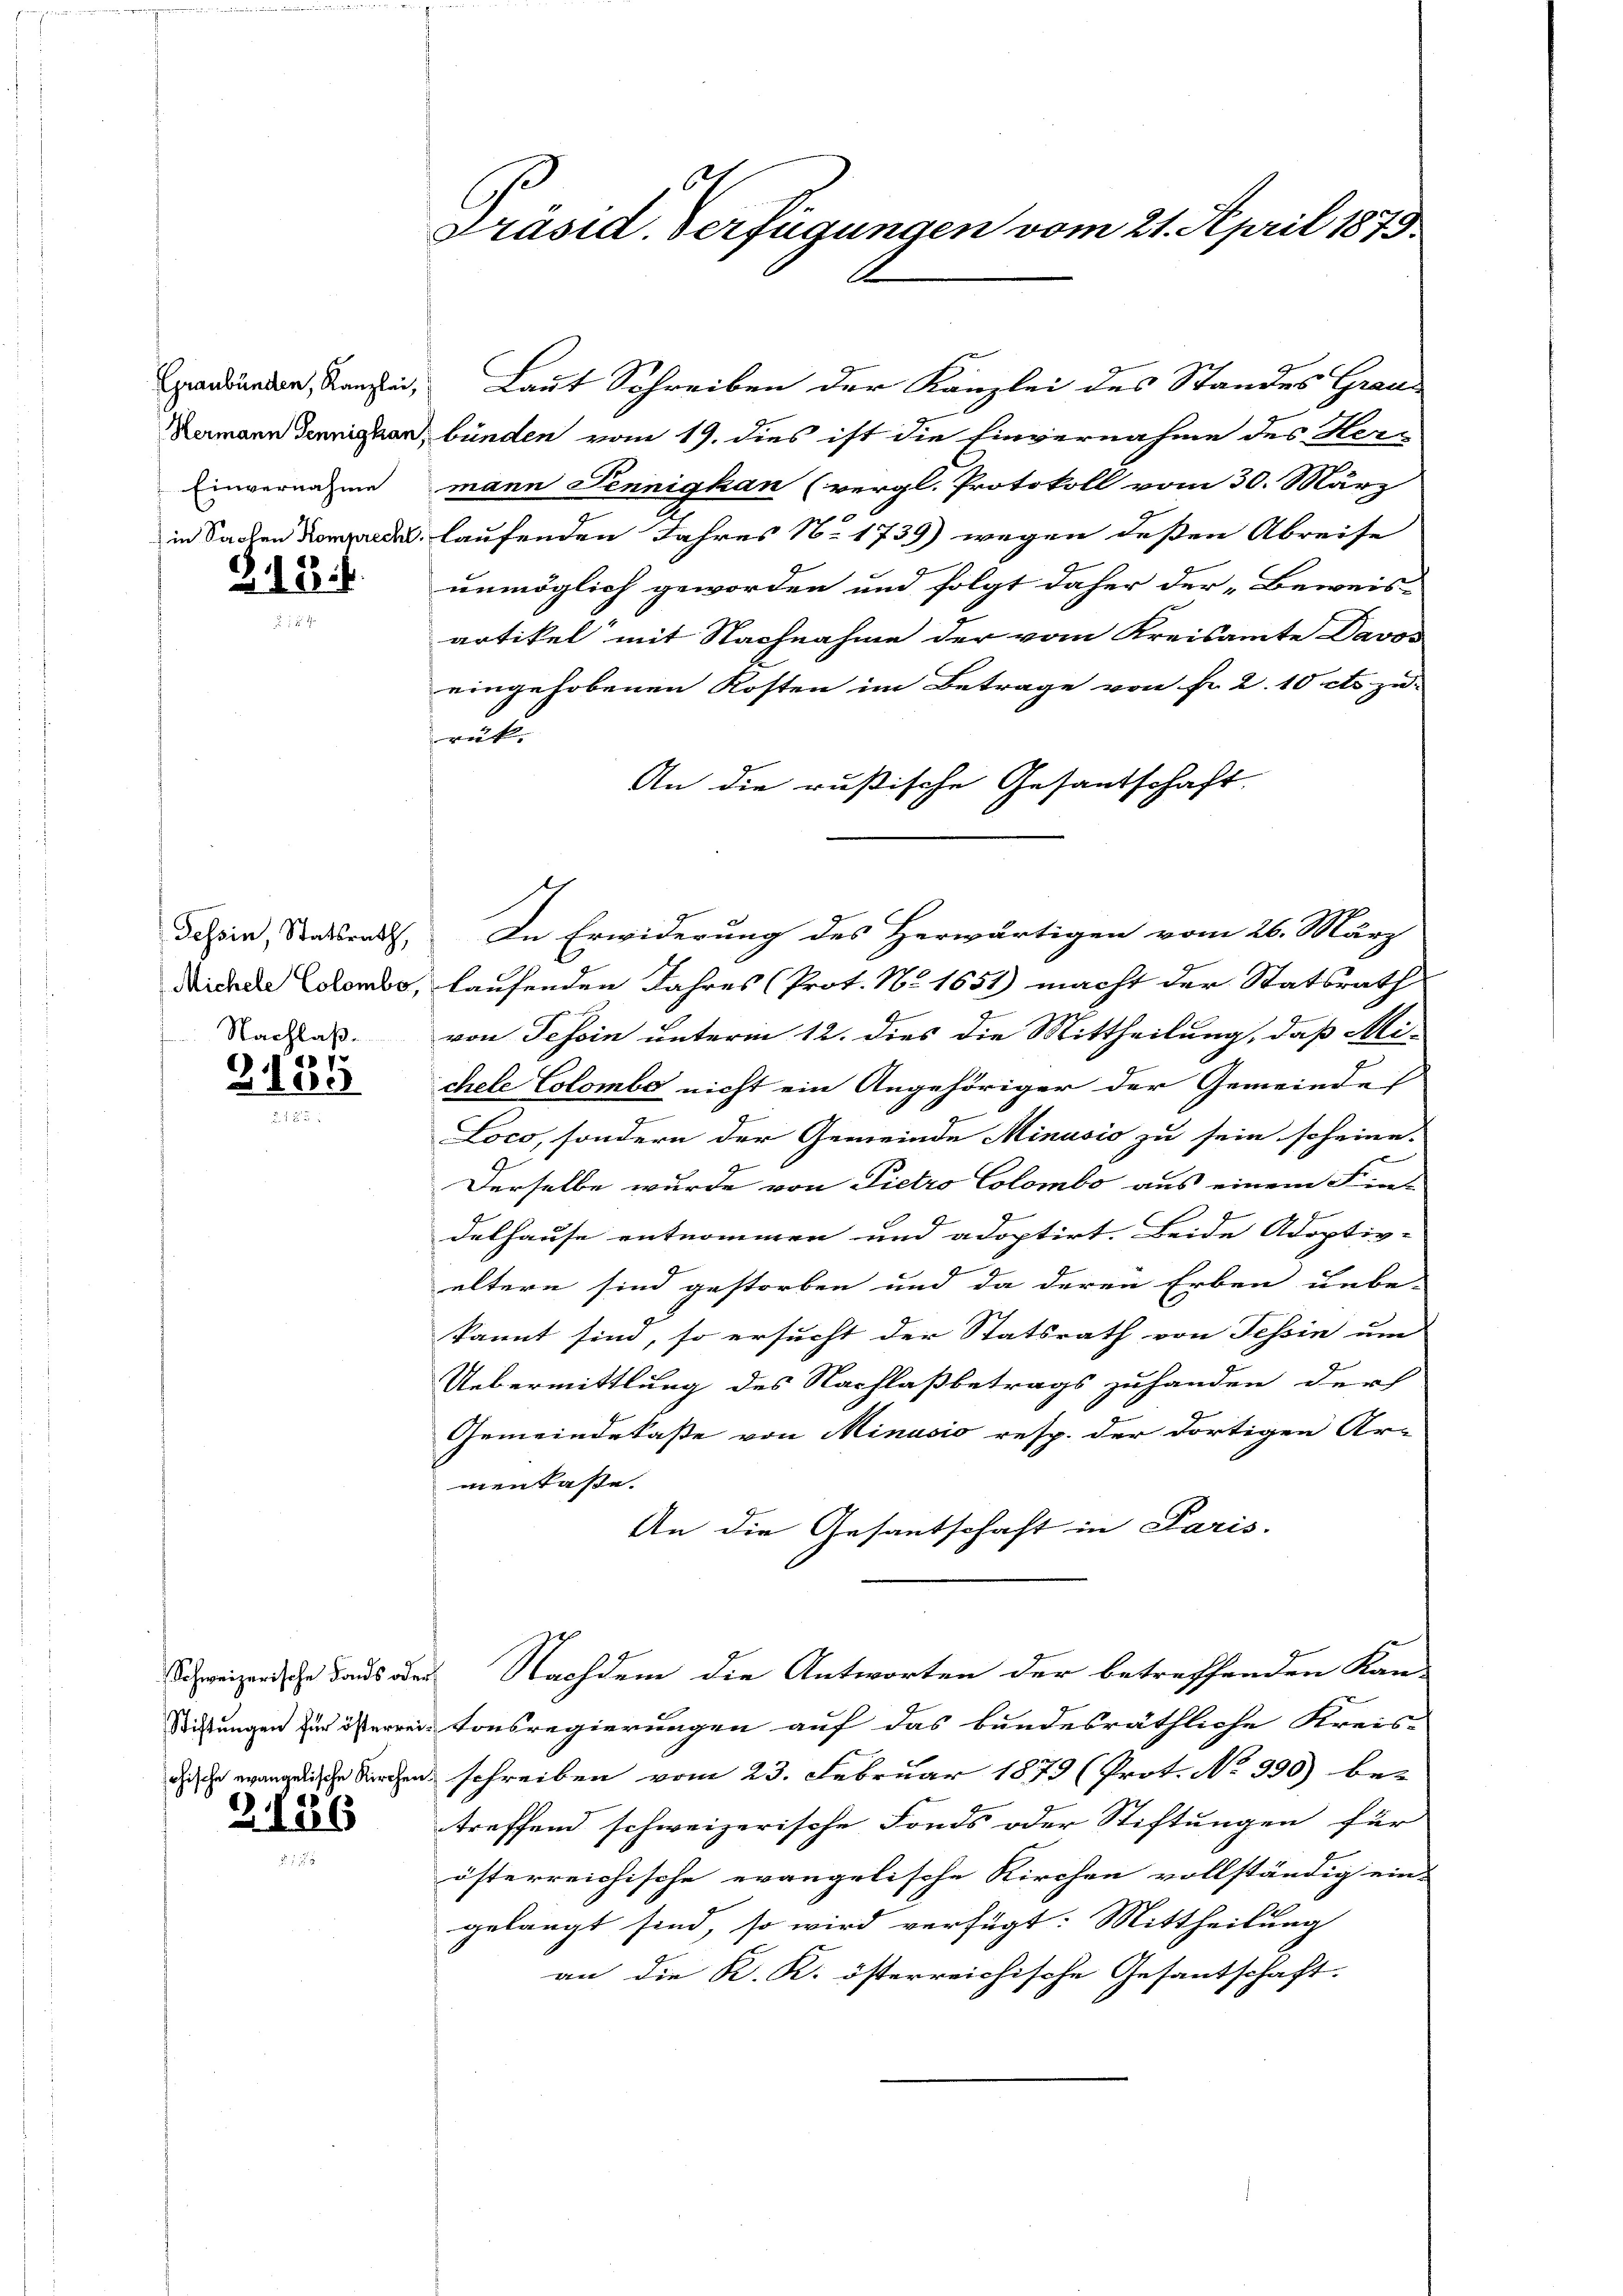
Einvernahme

Z.18..

Tessin, Statsrath,
Nachlaß.

2139

2126

.
Präsid. Verfügungen vom 21. April 1873.

Graubünden, Kanzlei, Laut Schreiben der Kanzlei des Standes Grau¬
Lamann dennigkon, bünden vom 19. dies ist die Einvernahme des Her-
mann Pennigkan (vergl. Protokoll vom 30. März
in Sachen de laufenden Jahres No 1739) wegen deßen Abreise
unmöglich geworden und folgt daher der „Beweis-
artikel mit Nachnahme der vom Kreisamte Davos
eingehobenen Kosten im Betrage von Fr. 2. 10 cts. zu-
rük.
An die rußische Gesantschaft,
In Erwiderung des Herwärtigen vom 26. März
Micede Condo, laufenden Jahres (Prot. No. 1651) macht der Statsrath
von Tessin unterm 12. dies die Mittheilung, daß Michele Colomber nicht ein Angehöriger der Gemeindes
.
Loco, sondern der Gemeinde Minusio zu sein scheine.
Derselbe wurde von Pietro Colombo aus einem Fin-
delhause entnommen und adoptirt. Beide Adoptiv-
eltern sind gestorben und da deren Erben unbe-
kannt sind, so ersucht der Statsrath von Tessin um
Uebermittlung des Nachlaßbetrags zuhanden durf
Gemeindekaße von Minusio resp. der dortigen Ar-
menkaße.
An die Gesantschaft in Paris.
Schweizende daus der Nachdem die Antworten der betreffenden Kan-
Stiftungen zur österrei tonsregierungen auf das bundesräthliche Kreis-
dieser angelische Kirchen schreiben vom 23. Februar 1879 (Prot. No 930) bez
treffend schweizerische Fonds oder Stiftungen für
österreichische evangelische Kirchen vollständig ein-
gelangt sind, so wird verfügt: Mittheilung
an die K. K. österreichische Gesantschaft.